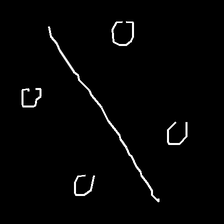
Glyph: cool